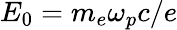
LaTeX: E_{0}=m_{e}\omega_{p}c/e